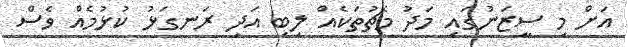
އަށް މި ސީޒަނުގައި މަދު މެޗުތަކެއް ލިބި އަދި ރަނގަޅު ކުޅުމެއް ވެސް